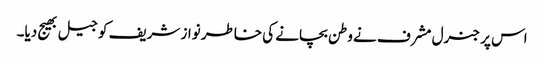
اس پر جنرل مشرف نے وطن بچانے کی خاطر نواز شریف کو جیل بھیج دیا۔